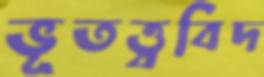
ভূতত্ত্ববিদ